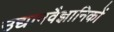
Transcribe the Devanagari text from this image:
उद्यानवैज्ञानिकों